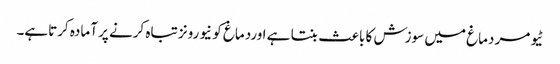
ٹیومر دماغ میں سوزش کا باعث بنتا ہے اوردماغ کو نیورونز تباہ کرنے پر آمادہ کرتاہے۔